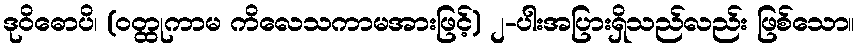
ဒုဝိဓောပိ၊ (ဝတ္ထုကာမ ကိလေသကာမအားဖြင့်) ၂-ပါးအပြားရှိသည်လည်း ဖြစ်သော။